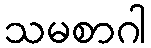
သမစာဂါ